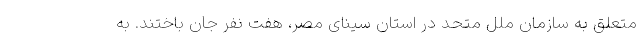
متعلق به سازمان ملل متحد در استان سینای مصر، هفت نفر جان باختند. به